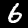
Digit: 6